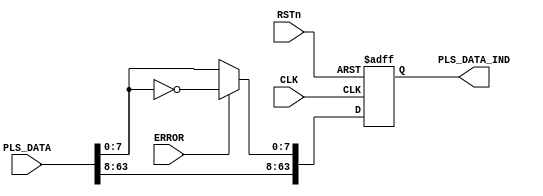
`timescale 1ns / 1ps
//////////////////////////////////////////////////////////////////////////////////
// Company: University of Moratuwa
// 
// Design Name: dataCor
// Module Name: dataCor
// Project Name: 40G Ethernet
// Target Devices: VC709
// Tool Versions: 2016.4
// Description: part of the RS layer
// 
// Dependencies: 
// 
// Revision:
// Revision 0.01 - File Created
// Additional Comments:
// 
//////////////////////////////////////////////////////////////////////////////////


module dataCor(
    input CLK,
    input RSTn,
    input ERROR,
    input [63:0] PLS_DATA,
    output [63:0] PLS_DATA_IND
    );
    
    //data pipe for time adjusment
    reg [63:0]pls_data_pipe=0;
    
    assign PLS_DATA_IND = pls_data_pipe;
    
    always@(posedge CLK, negedge RSTn)
    begin
        if(~RSTn)
        begin
            pls_data_pipe <= 0;
        end
        else
        begin
            //corrupting the data in the lane0 if ERROR indicate
            pls_data_pipe[7:0] <= (ERROR)?~PLS_DATA[7:0]:PLS_DATA[7:0];
            pls_data_pipe[63:8] <= PLS_DATA[63:8];
        end
    
    end
    
endmodule